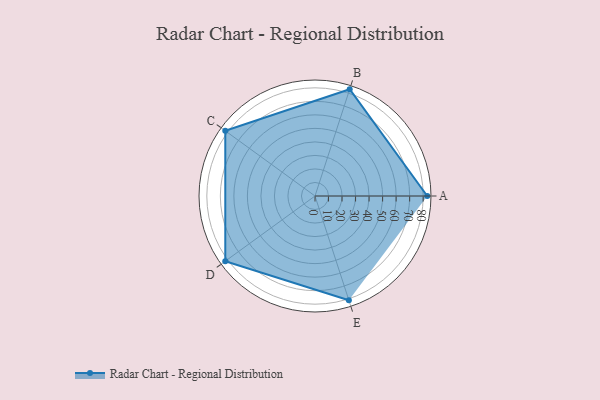
{"axis": {"x": "Skill", "y": "Score"}, "legend": ["Profile"], "data": [{"x": "A", "y": 83.0, "type": "Profile"}, {"x": "B", "y": 83.0, "type": "Profile"}, {"x": "C", "y": 82.0, "type": "Profile"}, {"x": "D", "y": 82.0, "type": "Profile"}, {"x": "E", "y": 81.0, "type": "Profile"}]}